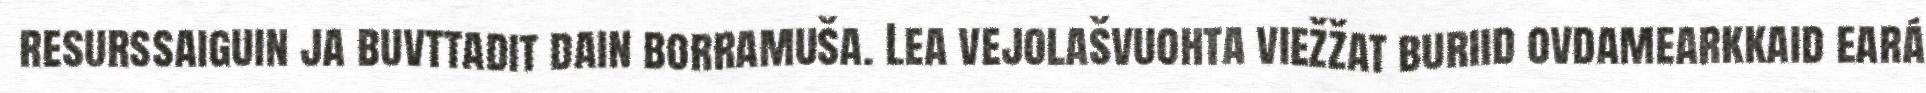
resurssaiguin ja buvttadit dain borramuša. Lea vejolašvuohta viežžat buriid ovdamearkkaid eará